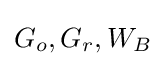
G_{o},G_{r},W_{B}